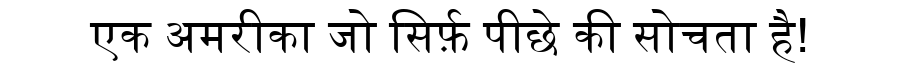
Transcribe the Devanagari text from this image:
एक अमरीका जो सिर्फ़ पीछे की सोचता है!